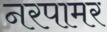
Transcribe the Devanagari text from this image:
नरपामर